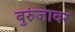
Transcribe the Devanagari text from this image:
बुरुंजावर